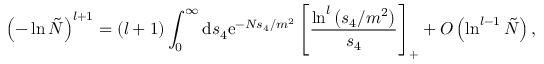
\left( - \ln \tilde { N } \right) ^ { l + 1 } = ( l + 1 ) \int _ { 0 } ^ { \infty } \mathrm { d } s _ { 4 } \mathrm { e } ^ { - N s _ { 4 } / m ^ { 2 } } \left[ \frac { \ln ^ { l } \left( s _ { 4 } / m ^ { 2 } \right) } { s _ { 4 } } \right] _ { + } + { \cal O } \left( \ln ^ { l - 1 } \tilde { N } \right) ,